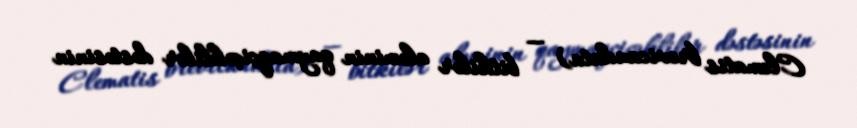
Clematis brevicaudata) — bitkilər aləminin qaymaqçiçəklilər dəstəsinin